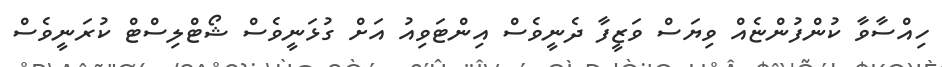
ހިއްސާވާ ކުންފުންޏެއް ވިޔަސް ވަޒީފާ ދެނީވެސް އިންޓަވިއު އަށް ގުޅަނީވެސް ޝޯޓްލިސްޓް ކުރަނީވެސް